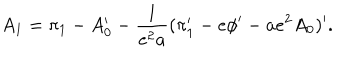
\dot { A } _ { 1 } = \pi _ { 1 } - A _ { 0 } ^ { \prime } - { \frac { 1 } { e ^ { 2 } a } } ( \pi _ { 1 } ^ { \prime } - e \phi ^ { \prime } - a e ^ { 2 } A _ { 0 } ) ^ { \prime } .